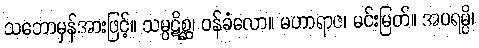
သဘောမှန်အားဖြင့်။ သမ္ပဋိစ္ဆ၊ ဝန်ခံလော။ မဟာရာဇ၊ မင်းမြတ်။ အပရမ္ပိ၊